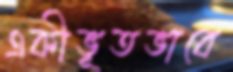
একীভূতভাবে